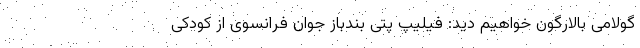
گولامی بالارگون خواهیم دید: فیلیپ پتی بندباز جوان فرانسوی از کودکی